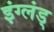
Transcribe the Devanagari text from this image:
इंग्लंड्